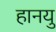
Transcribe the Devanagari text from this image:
हानयु